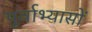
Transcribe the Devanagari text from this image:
पूर्वाभ्यासों